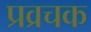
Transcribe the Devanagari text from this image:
प्रव्रचक